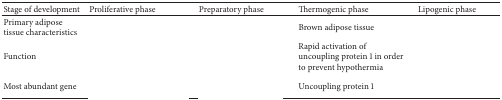
<table><thead><tr><td><b>Stage of development</b></td><td><b>Proliferative phase</b></td><td><b>Preparatory phase</b></td><td><b>Thermogenic phase</b></td><td><b>Lipogenic phase</b></td></tr></thead><tbody><tr><td>Primary adipose tissue characteristics</td><td>[EMPTY_CELL]</td><td>[EMPTY_CELL]</td><td>Brown adipose tissue</td><td>[EMPTY_CELL]</td></tr><tr><td>Function</td><td>[EMPTY_CELL]</td><td>[EMPTY_CELL]</td><td>Rapid activation of uncoupling protein 1 in order to prevent hypothermia</td><td>[EMPTY_CELL]</td></tr><tr><td>Most abundant gene</td><td>[EMPTY_CELL]</td><td>[EMPTY_CELL]</td><td>Uncoupling protein 1</td><td>[EMPTY_CELL]</td></tr></tbody></table>